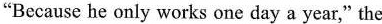
"Because he only works one day a year," the